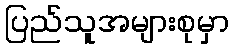
ပြည်သူအများစုမှာ